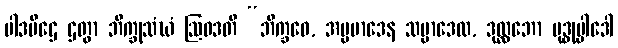
ပါဒပီဌေ ဌတွာ ဘိက္ခုသံဃံ ဩဝဒတိ “ဘိက္ခဝေ, အပ္ပမာဒေန သမ္ပာဒေထ, ဒုလ္လဘော ဗုဒ္ဓုပ္ပါဒေါ